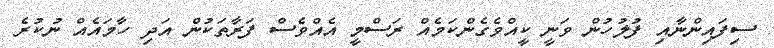
ސިފައިންނާއި ފުލުހުން ވަނީ ކީއްވެގެންކަމެއް ރަސްމީ އެއްވެސް ފަރާތަކުން އަދި ހާމައެއް ނުކުރެ